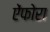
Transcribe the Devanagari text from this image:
ऐंफोरा